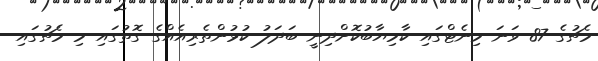
މެޗުގެ 87 ވަނަ މިނެޓްގައި ކާމިޔާބުކޮށްދިނީ ބަދަލު ކުޅުންތެރިއެއްގެ ގޮތުގައި މި މެޗުގައި